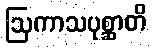
ဩကာသပုစ္ဆာတိ